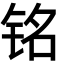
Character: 铭